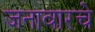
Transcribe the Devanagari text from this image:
जनावारचे